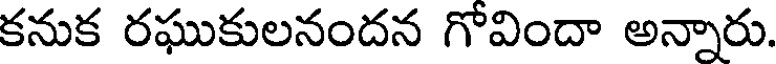
కనుక రఘుకులనందన గోవిందా అన్నారు.